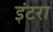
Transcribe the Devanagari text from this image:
इंटरा